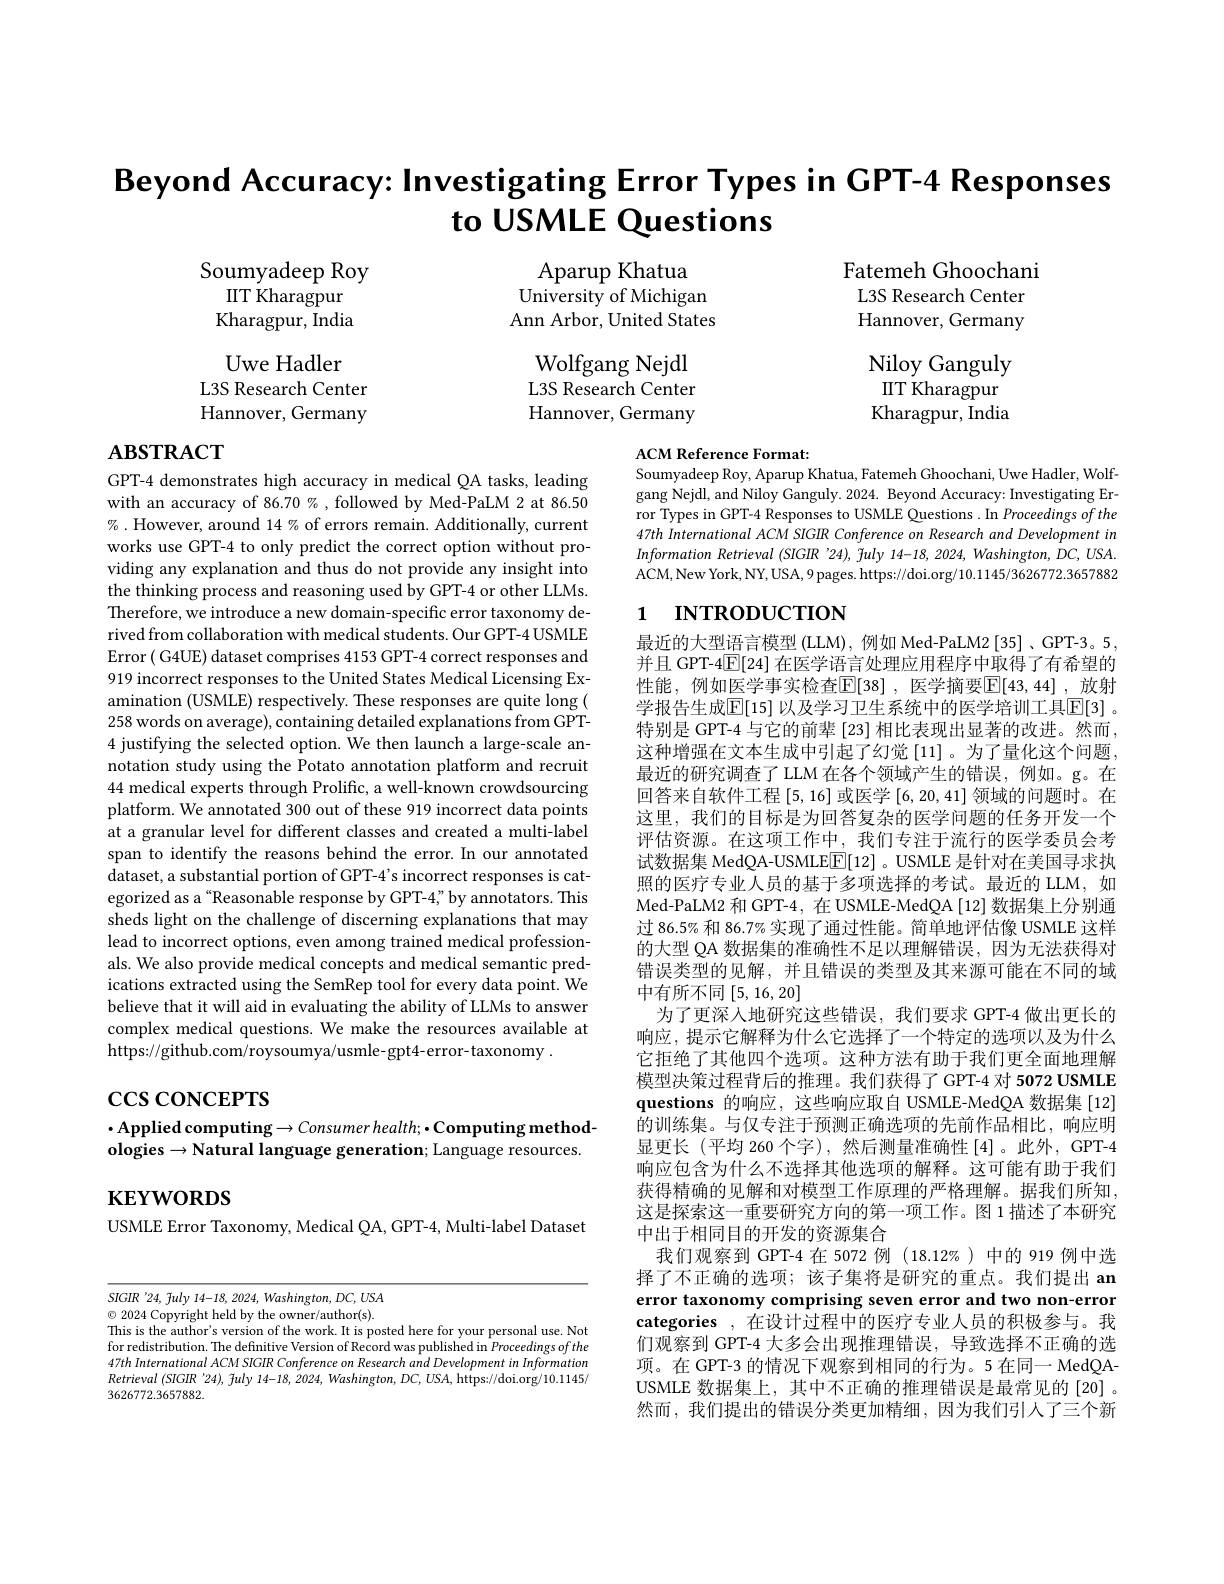
Beyond Accuracy: Investigating Error Types in GPT-4 Responses
to USMLE Questions

Aparup Khatua
University of Michigan Ann Arbor, United States

Soumyadeep Roy
$\Pi T\stackrel{\mathrm{Kharagpur}}$ Kharagpur, India Uwe Hadler
L3S Research Center Hannover, Germany

Fatemeh Ghoochani L3S Research Center Hannover, Germany Niloy Ganguly $\Pi T\acute{\text{Kharagpur}}$ Kharagpur, India

Wolfgang Nejdl L3S Research Center Hannover, Germany

# $\mathbf{ABSTRACT}$

ACM Reference Format:
Soumyadeep Roy, Aparup Khatua, Fatemeh Ghoochani, Uwe Hadler, Wolf-

gang Nejdl, and Niloy Ganguly. 2024. Beyond Accuracy: Investigating Error Types in GPT-4 Responses to USMLE Questions .In Proceedings of the 47th International ACM SIGIR Conference on Research and Development in Information Retrieval (SIGIR '24), fuly 14-18, 2024, Washington, DC, USA. ACM,New York, NY, USA, 9 pages. https://doi.org/10.1145/3626772.3657882

# 1 INTRODUCTION

GPT-4 demonstrates high accuracy in medical QA tasks, leading with an accuracy of 86.70%, followed by Med-PaLM 2 at 86.50 $\%$ .However, around 14% of errors remain. Additionally, current works use GPT-4 to only predict the correct option without providing any explanation and thus do not provide any insight into the thinking process and reasoning used by GPT-4 or other LLMs. Therefore, we introduce a new domain-specific error taxonomy derived from collaboration with medical students. Our GPT-4 USMLE Error ( G4UE) dataset comprises 4153 GPT-4 correct responses and 919 incorrect responses to the United States Medical Licensing Examination (USMLE) respectively. These responses are quite long ( 258 words on average), containing detailed explanations from GPT- 4 justifying the selected option. We then launch a large-scale annotation study using the Potato annotation platform and recruit 44 medical experts through Prolific, a well-known crowdsourcing platform. We annotated 300 out of these 919 incorrect data points at a granular level for different classes and created a multi-label span to identify the reasons behind the error. In our annotated dataset, a substantial portion of GPT-4's incorrect responses is categorized as a“Reasonable response by GPT-4" by annotators. This sheds light on the challenge of discerning explanations that may lead to incorrect options, even among trained medical professionals. We also provide medical concepts and medical semantic predications extracted using the SemRep tool for every data point. We believe that it will aid in evaluating the ability of LLMs to answer complex medical questions. We make the resources available at https://github.com/roysoumya/usmle-gpt4-error-taxonomy .

最近的大型语言模型 (LLM), 例如 Med-PaLM2 [35] , GPT-3。5, 并且 GPT-4$\overline{\mathbb{E}}[24]$在医学语言处理应用程序中取得了有希望的性能，例如医学事实检查$\mathbb{E} [ 38]$ , 医学摘要$\mathbb{E} [ 43, 44]$ ,放射学报告生成$\mathbb{E}[15]$ 以及学习卫生系统中的医学培训工具$\mathbb{E}[3]$ 。特别是 GPT-4 与它的前辈 [23] 相比表现出显著的改进。然而， 这种增强在文本生成中引起了幻觉[11]。为了量化这个问题， 最近的研究调查了 LLM 在各个领域产生的错误，例如。g。在回答来自软件工程[5,16]或医学[6,20,41]领域的问题时。在这里，我们的目标是为回答复杂的医学问题的任务开发一个评估资源。在这项工作中，我们专注于流行的医学委员会考试数据集 MedQA-USMLE$\boxed{\mathbb{E}}[12]$ 。USMLE 是针对在美国寻求执照的医疗专业人员的基于多项选择的考试。最近的 LLM, 如Med-PaLM2 和 GPT-4, 在 USMLE-MedQA [12] 数据集上分别通过 86.5% 和 86.7% 实现了通过性能。简单地评估像 USMLE 这样的大型 QA 数据集的准确性不足以理解错误，因为无法获得对错误类型的见解，并且错误的类型及其来源可能在不同的域中有所不同[5,16,20]
为了更深人地研究这些错误，我们要求 GPT-4 做出更长的响应，提示它解释为什么它选择了一个特定的选项以及为什么它拒绝了其他四个选项。这种方法有助于我们更全面地理解模型决策过程背后的推理。我们获得了GPT-4 对 5072 USMLE questions 的响应，这些响应取自 USMLE-MedQA 数据集 [12] 的训练集。与仅专注于预测正确选项的先前作品相比，响应明显更长 (平均 260 个字),然后测量准确性[4]。此外，GPT-4响应包含为什么不选择其他选项的解释。这可能有助于我们获得精确的见解和对模型工作原理的严格理解。据我们所知， 这是探索这一重要研究方向的第一项工作。图 1 描述了本研究中出于相同目的开发的资源集合
我们观察到 GPT-4 在 5072 例 (18.12%)中的 919 例中选择了不正确的选项；该子集将是研究的重点。我们提出 an error taxonomy comprising seven error and two non-error categories ,在设计过程中的医疗专业人员的积极参与。我们观察到 GPT-4 大多会出现推理错误，导致选择不正确的选项。在 GPT-3 的情况下观察到相同的行为。5 在同一 MedQAUSMLE 数据集上，其中不正确的推理错误是最常见的[20]。然而，我们提出的错误分类更加精细，因为我们引人了三个新

$\csc\cos$coNCEPTS

## $\cdot$Applied computing$\to Consumerhealth;\bullet$Computing methodologies $\to$Natural language generation; Language resources.

$\mathbf{KEYWORDS}$

USMLE Error Taxonomy, Medical QA, GPT-4, Multi-label Dataset

$SIGIR$ '24, fuly 14-18, 2024, Washington, DC, USA

$\odot$2024 Copyright held by the owner/author(s).
This is the author's version of the work. It is posted here for your personal use. Not for redistribution. The definitive Version of Record was published in Proceedings of the 47th International ACM SIGIR Conference on Research and Development in Information Retrieval (SIGIR '24), fuly 14-18, 2024, Washington, DC, USA, https://doi.org/10.1145/ 3626772.3657882.